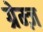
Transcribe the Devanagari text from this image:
ग्रेम्ज़